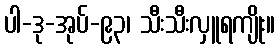
ပါ-ဒု-အုပ်-၉၃၊ သီးသီးလှူရကျိုး။